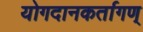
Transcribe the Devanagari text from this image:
योगदानकर्तागण्